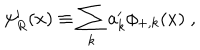
\psi _ { R } ^ { \prime } ( x ) \equiv \sum _ { k } a _ { k } ^ { \prime } \phi _ { + , k } ( x ) \; ,